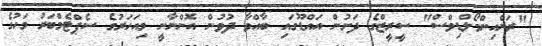
"ރަންއިންމޯލްޑިވްސް" ސީރީޒްގެ ދަށުން އައްޑޫގައި ބާއްވާ ދުވުން އޮންނާނީ މިއަހަރުގެ ސެޕްޓެމްބަރު މަހުގެ